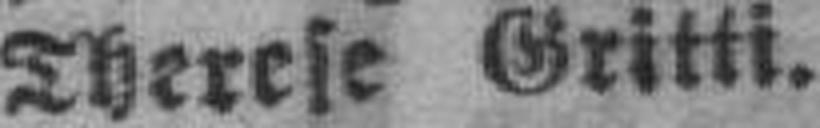
Therese Gritti.